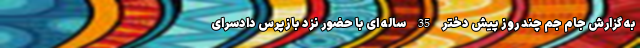
به گزارش جام جم چند روز پیش دختر 35 ساله ای با حضور نزد بازپرس دادسرای